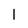
Character: 1